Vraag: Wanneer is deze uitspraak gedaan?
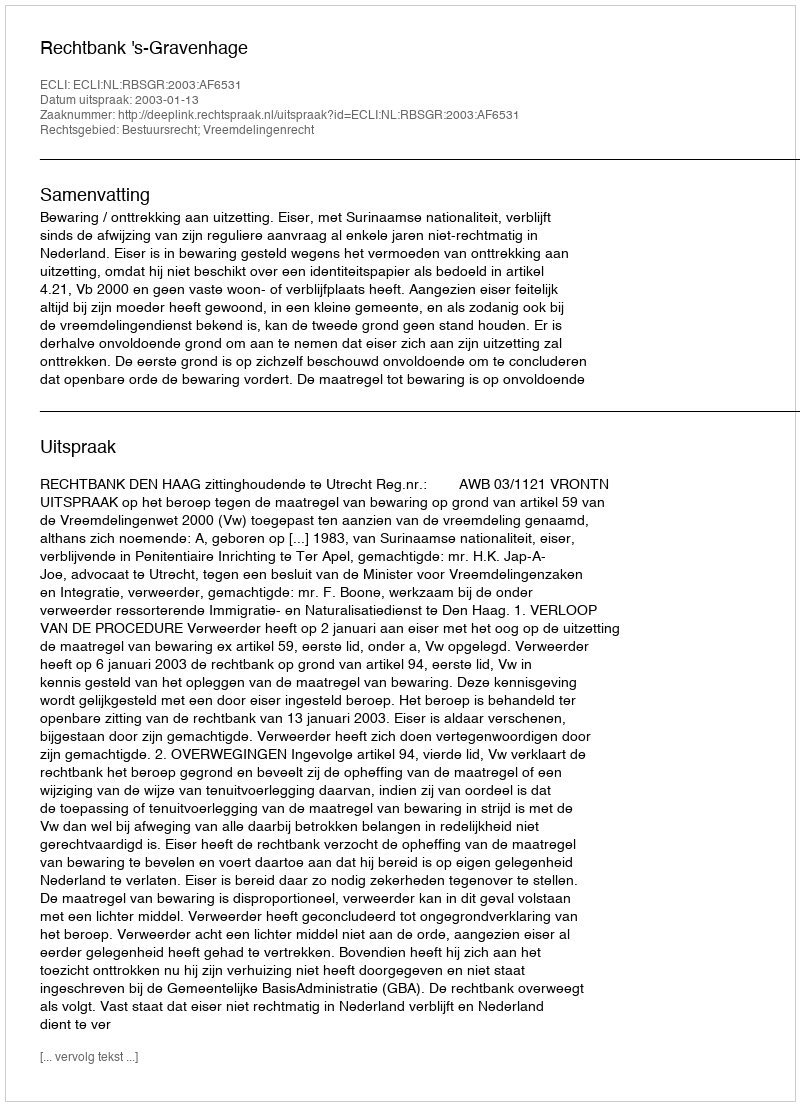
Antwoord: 2003-01-13